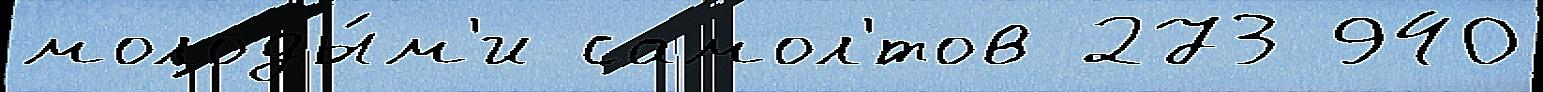
молоды́м'и самол'́тов 273 940